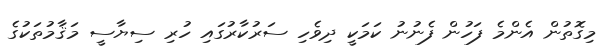
މިގޮތުން އެންމެ ފަހުން ފެނުނު ކަމަކީ ދިވެހި ސަރުކާރުގައި ހުރި ސިޔާސީ މަޤާމުތަކުގެ